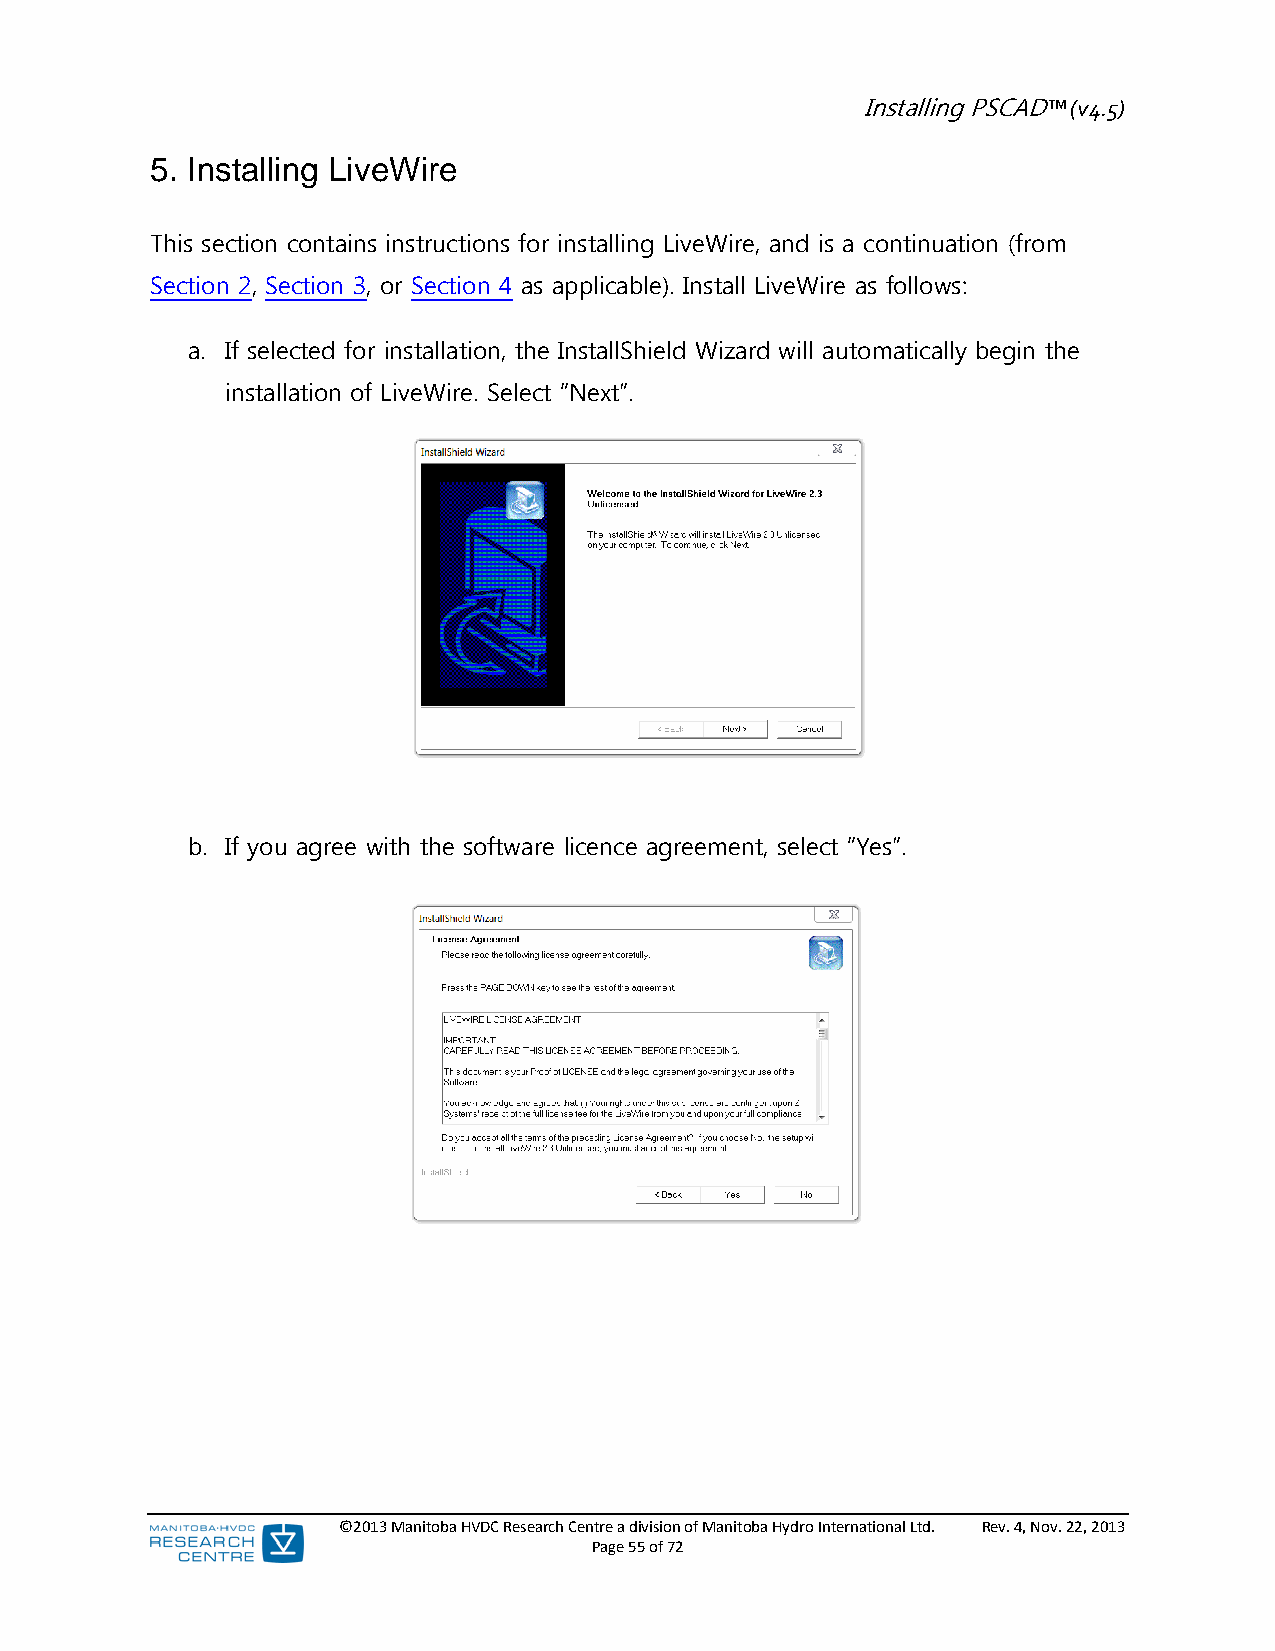
Installing PSCAD™ (v4.5)
 5. Installing LiveWire
 This section contains instructions for installing LiveWire, and is a continuation (from
 Section 2, Section 3, or Section 4 as applicable). Install LiveWire as follows:
 a. If selected for installation, the InstallShield Wizard will automatically begin the
 installation of LiveWire. Select “Next”.
 b. If you agree with the software licence agreement, select “Yes”.
 ©2013 Manitoba HVDC Research Centre a division of Manitoba Hydro International Ltd. Rev. 4, Nov. 22, 2013
 Page 55 of 72